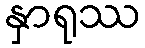
နှာရုဿ